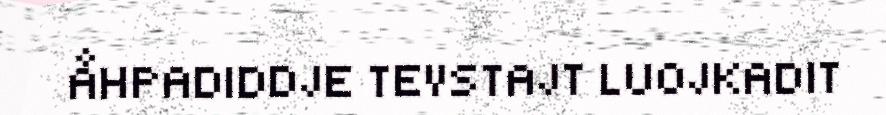
ÅHPADIDDJE TEVSTAJT LUOJKADIT